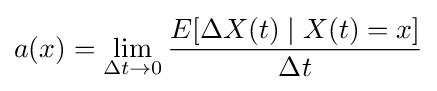
a(x)=\lim _{\Delta t\rightarrow 0}{\frac {E[\Delta X(t)\mid X(t)=x]}{\Delta t}}